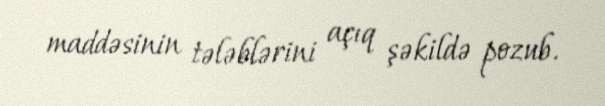
maddəsinin tələblərini açıq şəkildə pozub.